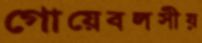
গোয়েবলসীয়